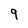
Character: 9